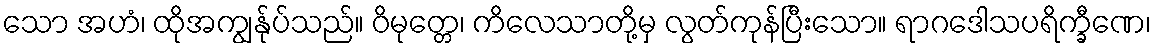
သော အဟံ၊ ထိုအကျွန်ုပ်သည်။ ဝိမုတ္တေ၊ ကိလေသာတို့မှ လွတ်ကုန်ပြီးသော။ ရာဂဒေါသပရိက္ခီဏေ၊